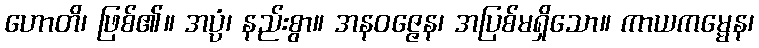
ဟောတိ၊ ဖြစ်၏။ အပ္ပံ၊ နည်းစွာ။ အနဝဇ္ဇေန၊ အပြစ်မရှိသော။ ကာယကမ္မေန၊